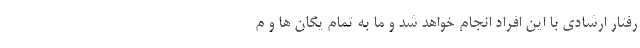
رفتار ارشادی با این افراد انجام خواهد شد و ما به تمام یگان ها و م